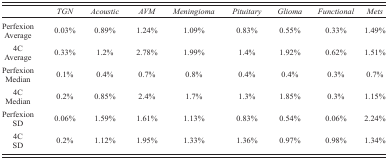
<table><thead><tr><td></td><td><b><i>TGN</i></b></td><td><b><i>Acoustic</i></b></td><td><b><i>AVM</i></b></td><td><b><i>Meningioma</i></b></td><td><b><i>Pituitary</i></b></td><td><b><i>Glioma</i></b></td><td><b><i>Functional</i></b></td><td><b><i>Mets</i></b></td></tr></thead><tbody><tr><td>Perfexion Average</td><td>0.03%</td><td>0.89%</td><td>1.24%</td><td>1.09%</td><td>0.83%</td><td>0.55%</td><td>0.33%</td><td>1.49%</td></tr><tr><td>4C Average</td><td>0.33%</td><td>1.2%</td><td>2.78%</td><td>1.99%</td><td>1.4%</td><td>1.92%</td><td>0.62%</td><td>1.51%</td></tr><tr><td>Perfexion Median</td><td>0.1%</td><td>0.4%</td><td>0.7%</td><td>0.8%</td><td>0.4%</td><td>0.4%</td><td>0.3%</td><td>0.7%</td></tr><tr><td>4C Median</td><td>0.2%</td><td>0.85%</td><td>2.4%</td><td>1.7%</td><td>1.3%</td><td>1.85%</td><td>0.3%</td><td>1.15%</td></tr><tr><td>Perfexion SD</td><td>0.06%</td><td>1.59%</td><td>1.61%</td><td>1.13%</td><td>0.83%</td><td>0.54%</td><td>0.06%</td><td>2.24%</td></tr><tr><td>4C SD</td><td>0.2%</td><td>1.12%</td><td>1.95%</td><td>1.33%</td><td>1.36%</td><td>0.97%</td><td>0.98%</td><td>1.34%</td></tr></tbody></table>